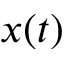
x ( t )